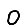
Digit: 0